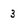
Character: 3